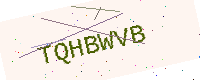
Text: TQHBWVB